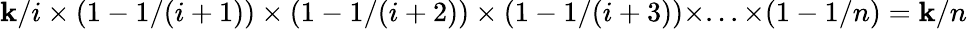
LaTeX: \mathbf{k}/i\times(1-1/(i+1))\times(1-1/(i+2))\times(1-1/(i+3))\times...\times(1-1/n)=\mathbf{k}/n